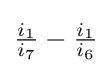
{\tfrac {i_{1}}{i_{7}}}-{\tfrac {i_{1}}{i_{6}}}